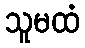
သူမထံ